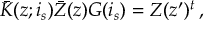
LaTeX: \bar { K } ( z ; i _ { s } ) \bar { Z } ( z ) G ( i _ { s } ) = Z ( z ^ { \prime } ) ^ { t } \, ,